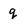
Character: q